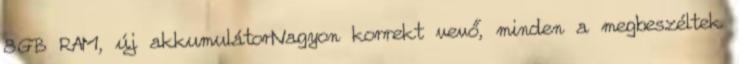
8GB RAM, új akkumulátorNagyon korrekt vevő, minden a megbeszéltek